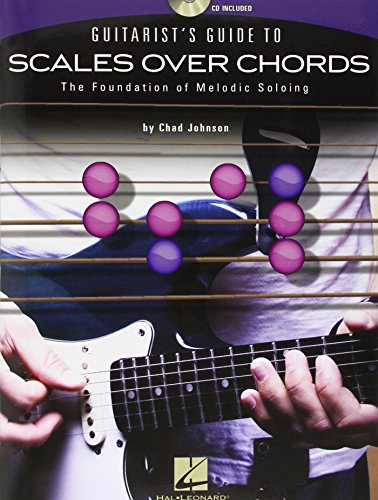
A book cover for Guitarist's Guide To Scales Over Chords-The Foundation Of Melodic Guitar Soloing(Bk/Cd); Chad Johnson; Arts & Photography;